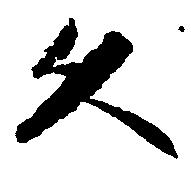
久